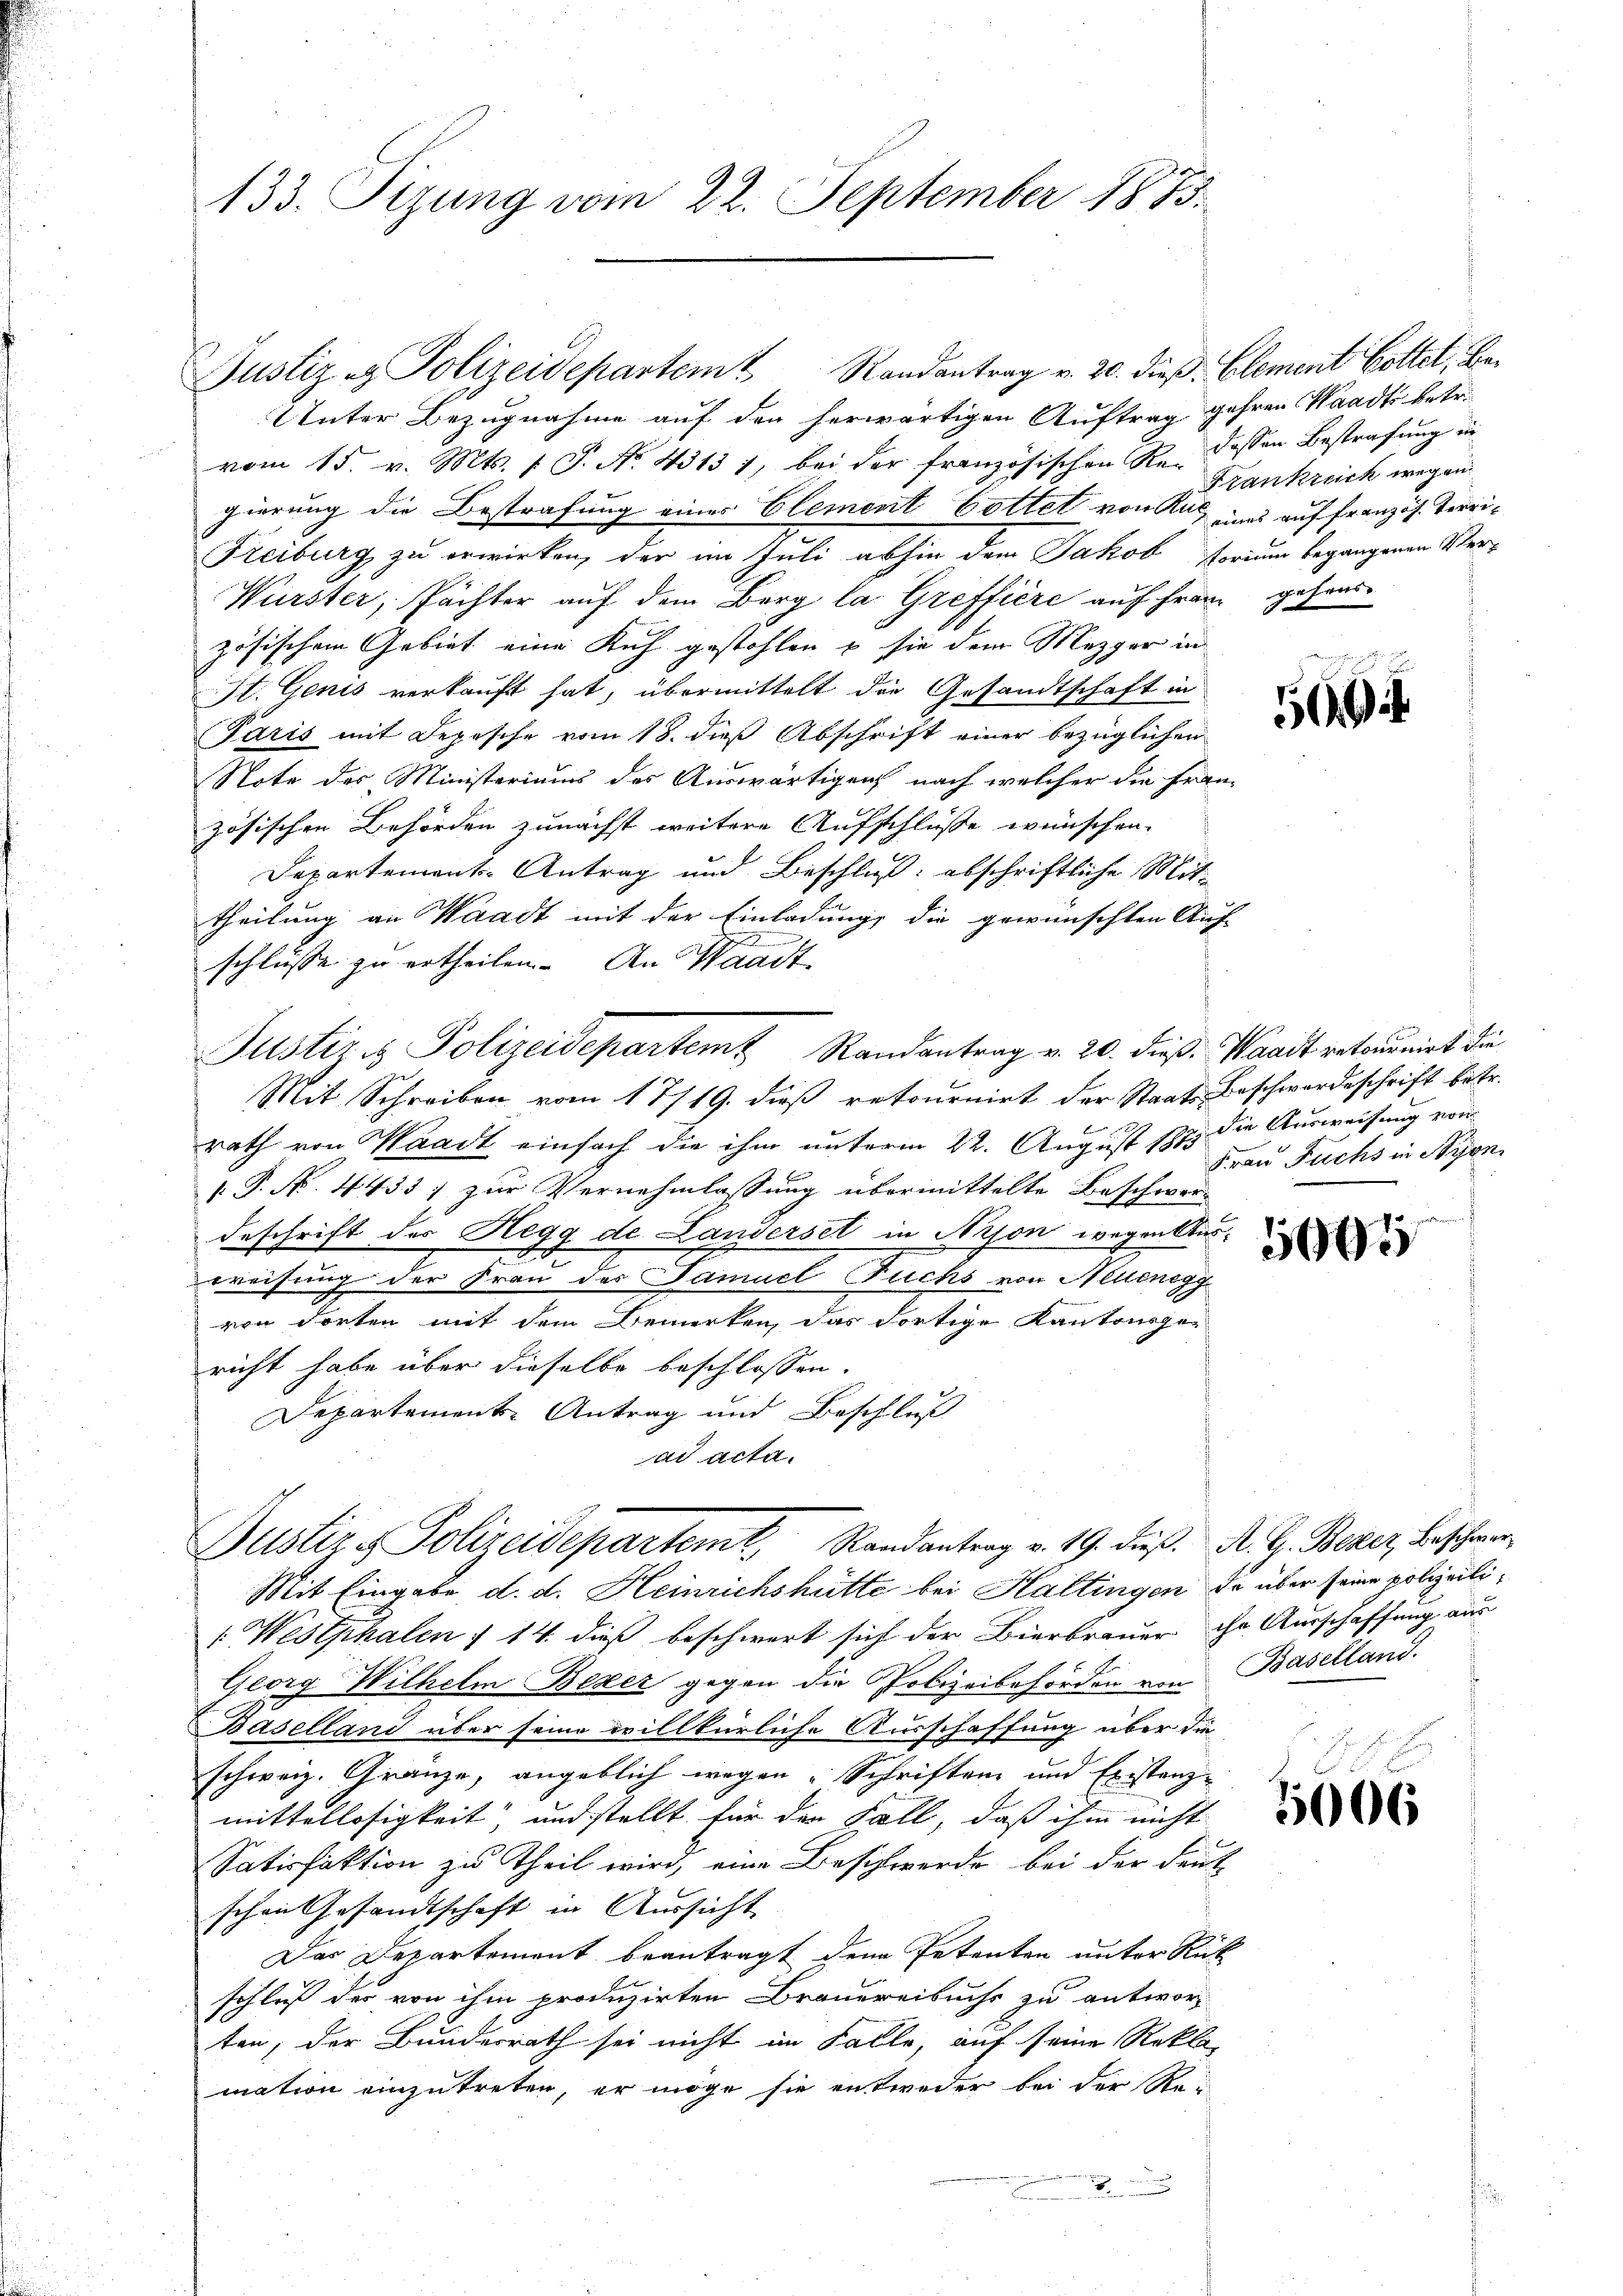
133. Sizung vom 22. September 1873.

Justiz & Polizeidepartem Randantrag v. 20. dieß: Element Gottet, Be¬
Unter Bezugnahme auf den herwärtigen Auftrag gehren Waadt betr.
vom 15. v. Mts. s. S. No. 4313 1, bei der französischen Re- dassen Bestrafung in
gierung die Bestrafung eines Element Gottet von Art und auf französ. Verri¬
Freiburg zu erwirken, der im Juli abhin dem Jakob forium begangenen Ver-
Würster, Pächter auf dem Berg la. Greffiere auf Franz gehenszösischem Gebiet eine Kuh gestohlen u sie dem Mezger in
St. Genis verkauft hat, übermittelt die Gesandtschaft in
Paris mit Depesche vom 18. dieß Abschrift einer bezüglichen
Note des Ministeriums des Auswärtigung nach welcher die fran-
zösischen Behörden zunächst weitere Aufschlüße wünschen.
Departement-Antrag und Beschluß: abschriftliche Mittheilung an Waadt mit der Einladung, die gewünschten Auf-
schlüsse zu ertheilen. An Waadt
Justiz & Polizeidepartem Randantrag v. 20. dieß. Waadt retournirt die
Mit Schreiben vom 17/19. dieß retournirt der Staats Beschwordeschrift betr.
rath von Waadt einfach die ihm unterm 22. August 1875 die Ausweisung von
.P. Nr. 4433] zur Vernehmlassung übermittelte Beschwerdeschrift des Regg de Landerset in Aison wegentlaswreifung der Frau des Samuel Fuchs von Neuenegg
von dorten mit dem Bemerken, das dortige Kantonsger
richt habe über dieselbe beschlossen:
Departement Antrag und Beschluß
ad acta.

Justiz & Polizeidepartemt. Randantrag v. 19. dieß. A. G. Bezer, Beschwer¬
Mit Eingabe d. d. Heinrichshütte bei Haltingen de über seine polizeili¬

[Westphalen f 14 dieß beschwert sich der Bierbrauer ihr Ausschaffung aus
Georg Wilhelm Bezer gegen die Polizeibehörden von Baselland.
. Baselland über seine willkürliche Ausschaffung über die
schweiz. Gränze, angeblich wegen Schriften und Existanzmittellosigkeit, und stellt für der Fall, daß ihm nicht
Satisfaktion zu Theil wird, eine Beschwerde bei der Deut
schon Gesandtschaft in Aussicht
Das Departement beantragt den Petenten unter Rück
schluß der von ihm produzirten Brauereibuchs zu antwor
ten, der Bundesrath sei nicht im Falle, auf seine Rekla-
mation einzutreten, er möge sie entweder bei der Re-

Frankreich wegen

5

Frau Fuchs in Nyon.

1665

5006